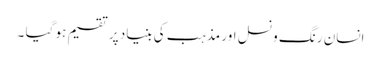
انسان رنگ و نسل اور مذہب کی بنیاد پر تقسیم ہو گیا ۔